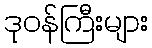
ဒုဝန်ကြီးများ